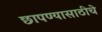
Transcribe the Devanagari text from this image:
छापण्यासाठीचे